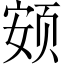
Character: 𱂨